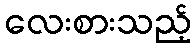
လေးစားသည့်